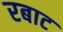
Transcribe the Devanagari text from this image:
रबाट